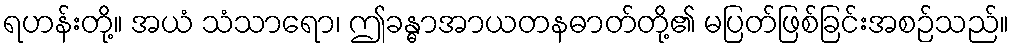
ရဟန်းတို့။ အယံ သံသာရော၊ ဤခန္ဓာအာယတနဓာတ်တို့၏ မပြတ်ဖြစ်ခြင်းအစဉ်သည်။